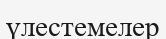
үлестемелер